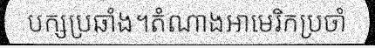
បក្សប្រឆាំង។តំណាងអាមេរិកប្រចាំ